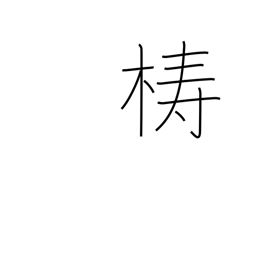
Meaning: block of wood